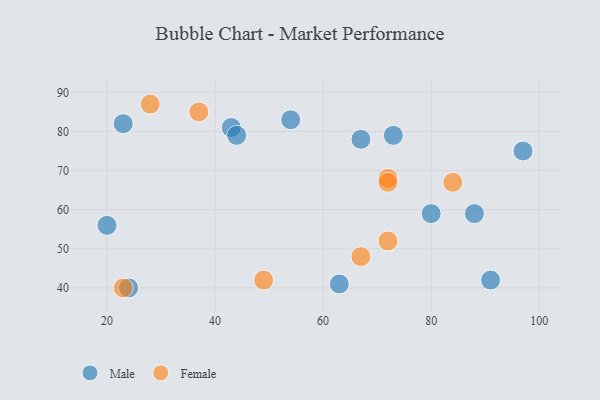
{"axis": {"x": "GDP", "y": "Life Expectancy"}, "legend": ["Female", "Male"], "data": [{"x": "20", "y": 56, "type": "Male"}, {"x": "88", "y": 59, "type": "Male"}, {"x": "54", "y": 83, "type": "Male"}, {"x": "63", "y": 41, "type": "Male"}, {"x": "67", "y": 78, "type": "Male"}, {"x": "23", "y": 82, "type": "Male"}, {"x": "24", "y": 40, "type": "Male"}, {"x": "91", "y": 42, "type": "Male"}, {"x": "97", "y": 75, "type": "Male"}, {"x": "80", "y": 59, "type": "Male"}, {"x": "43", "y": 81, "type": "Male"}, {"x": "73", "y": 79, "type": "Male"}, {"x": "44", "y": 79, "type": "Male"}, {"x": "67", "y": 48, "type": "Female"}, {"x": "72", "y": 68, "type": "Female"}, {"x": "72", "y": 67, "type": "Female"}, {"x": "28", "y": 87, "type": "Female"}, {"x": "37", "y": 85, "type": "Female"}, {"x": "49", "y": 42, "type": "Female"}, {"x": "23", "y": 40, "type": "Female"}, {"x": "72", "y": 52, "type": "Female"}, {"x": "84", "y": 67, "type": "Female"}]}